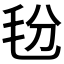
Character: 𰚑